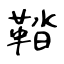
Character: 鞜